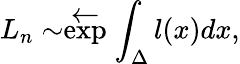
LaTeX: L_{n}\sim\stackrel{{\textstyle\leftarrow}}{\exp}\int_{\Delta}l(x)dx,